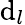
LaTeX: \mathrm{d}_{l}